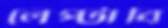
লেপ্‌টাবি